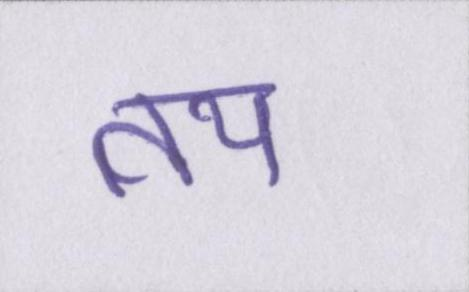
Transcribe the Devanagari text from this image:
तय